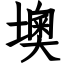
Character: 墺